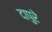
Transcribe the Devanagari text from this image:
दापुरे